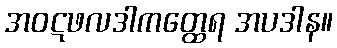
အဝဋဖလဒါကတ္ထေရ အပဒါန။